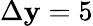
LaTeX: \Delta\mathbf{y}=5